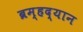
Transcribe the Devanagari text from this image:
ब्रम्हद्यान